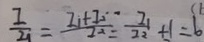
\frac { I } { I _ { 1 } } = \frac { I _ { 1 } + I _ { 2 } } { I ^ { 2 } } = \frac { I _ { 1 } } { I _ { 2 } } + 1 = 6